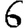
Digit: 6